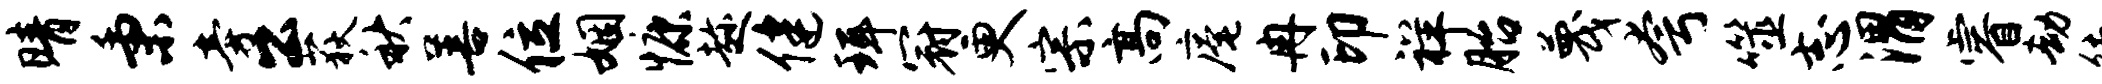
晴秉旁公荻秋善位姻慷趁健珥冠更宗高庵冉印祥胎蔑夸噬志渭睿劫徒